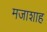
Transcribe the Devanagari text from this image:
मजाशाह